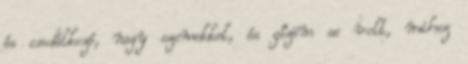
és csodálkozó, nagy szemekkel, és gőzöm se volt, mihez